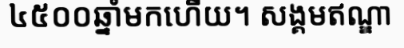
៤៥០០ឆ្នាំមកហើយ។ សង្គមឥណ្ឌា